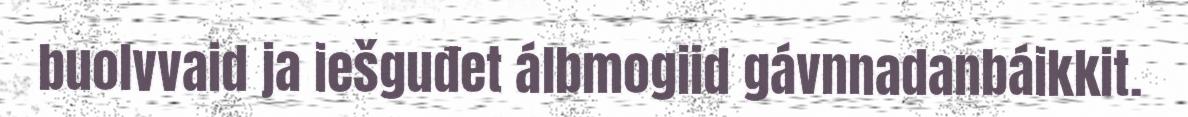
buolvvaid ja iešguđet álbmogiid gávnnadanbáikkit.